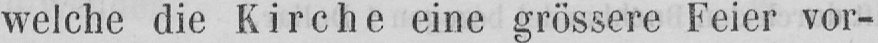
welche die Kirche eine grössere Feier vor-